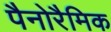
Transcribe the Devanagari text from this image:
पैनोरैमिक